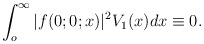
\begin{align*}\int_{o}^{\infty}|f(0;0;x)|^2V_1(x)dx\equiv 0.\end{align*}